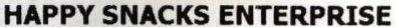
HAPPY SNACKS ENTYERPRISE